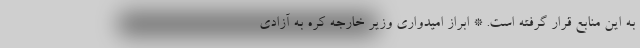
به این منابع قرار گرفته است. * ابراز امیدواری وزیر خارجه کره به آزادی